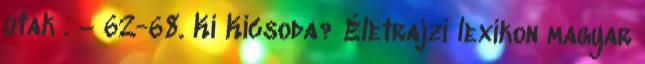
utak . – 62-68. Ki Kicsoda? Életrajzi lexikon magyar